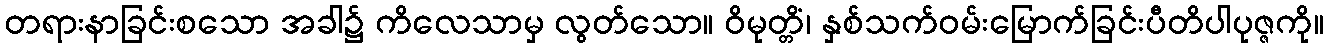
တရားနာခြင်းစသော အခါ၌ ကိလေသာမှ လွတ်သော။ ဝိမုတ္တိံ၊ နှစ်သက်ဝမ်းမြောက်ခြင်းပီတိပါပုဇ္ဇကို။